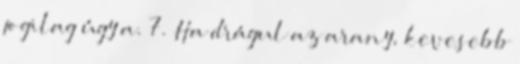
jogilag úgy a. 7. Ha drágul az arany, kevesebb